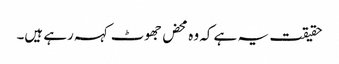
حقیقت یہ ہے کہ وہ محض جھوٹ کہہ رہے ہیں۔